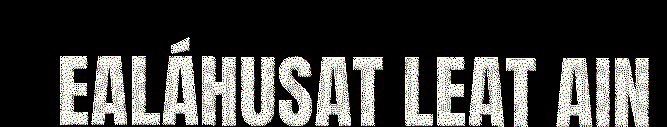
EALÁHUSAT LEAT AIN